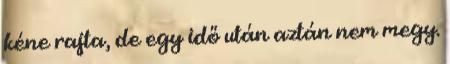
kéne rajta, de egy idő után aztán nem megy.